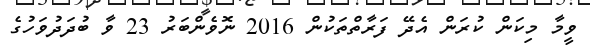
ވީމާ މިކަން ކުރަން އެދޭ ފަރާތްތަކުން 2016 ނޮވެންބަރު 23 ވާ ބުދަދުވަހުގެ